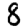
Digit: 8